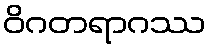
ဝိဂတရာဂဿ